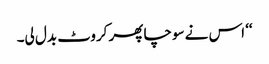
‘‘ اس نے سوچا پھر کروٹ بدل لی۔